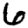
Digit: 6